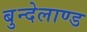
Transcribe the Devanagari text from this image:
बुन्देलाण्ड